画像に写った文字を読んでください
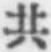
「共」と書いてあります